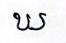
ឃ